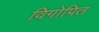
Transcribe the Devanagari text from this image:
विगोपित